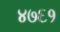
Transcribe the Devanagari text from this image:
४७६१